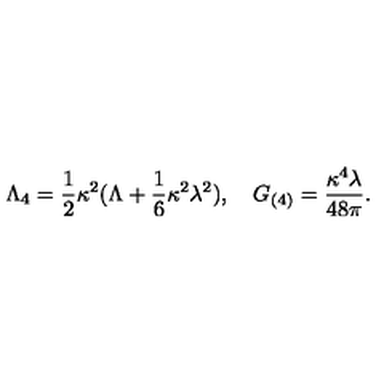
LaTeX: \Lambda _ { 4 } = \frac 1 2 \kappa ^ { 2 } ( \Lambda + \frac 1 6 \kappa ^ { 2 } \lambda ^ { 2 } ) , \quad G _ { ( 4 ) } = \frac { \kappa ^ { 4 } \lambda } { 4 8 \pi } .